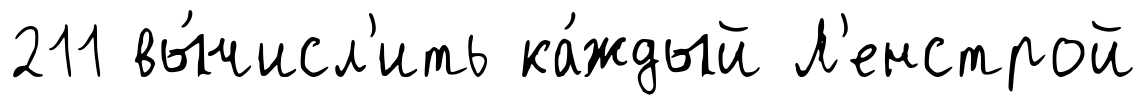
211 вы́числ'ить ка́ждый Л'енстрой